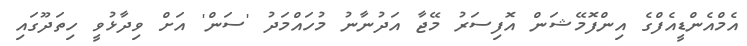
އެމްއެންޑީއެފްގެ އިންފޮމޭޝަން އޮފިސަރު މޭޖާ އަދުނާނު މުހައްމަދު 'ސަން' އަށް ވިދާޅުވީ ހިތަދޫގައި